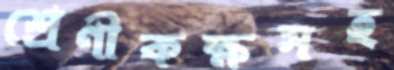
শ্রেণীকক্ষসহ